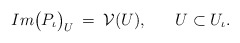
\begin{align*}Im \big( P_{\iota} \big)_U \: = \: {\cal V} (U), \hspace{0.7cm} U \subset U_{\iota}.\end{align*}